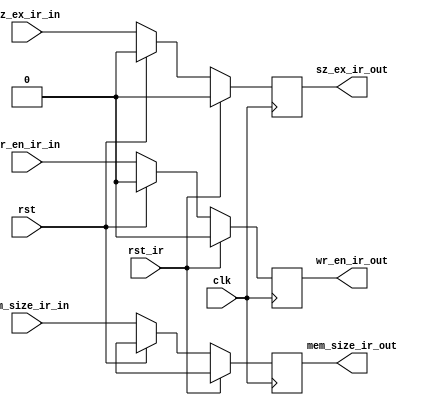
module ir_data_mem(
   input clk,
	input rst_ir,
	input rst,
	input wr_en_ir_in,
	input [1:0] mem_size_ir_in,
	input sz_ex_ir_in,
	output wr_en_ir_out,
	output [1:0] mem_size_ir_out,
	output sz_ex_ir_out	
   );
	
	reg wr_en_reg;
	reg [1:0] mem_size_reg;
	reg sz_ex_reg;
	
	assign wr_en_ir_out=wr_en_reg;
   assign mem_size_ir_out=mem_size_reg;
	assign sz_ex_ir_out=sz_ex_reg;

   always@(posedge clk)
	begin
		if(rst_ir)
		begin
			wr_en_reg<=1'b0;
			mem_size_reg<=2'bx;
			sz_ex_reg<=1'b0;
		end
		
		else if(rst)
		begin
			wr_en_reg<=1'b0;
			mem_size_reg<=2'bx;
			sz_ex_reg<=1'b0;
		end
		
		else
		begin
			wr_en_reg<=wr_en_ir_in;
			mem_size_reg<=mem_size_ir_in;
			sz_ex_reg<=sz_ex_ir_in;
		end	
	end

endmodule